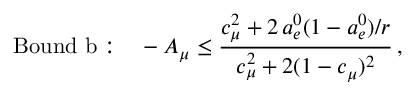
\mathrm { B o u n d ~ b : } \quad - A _ { \mu } \leq \frac { c _ { \mu } ^ { 2 } + 2 \, a _ { e } ^ { 0 } ( 1 - a _ { e } ^ { 0 } ) / r } { c _ { \mu } ^ { 2 } + 2 ( 1 - c _ { \mu } ) ^ { 2 } } \, ,